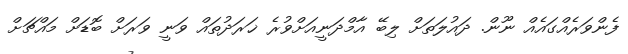
ފެންވަރެއްގައެއް ނޫން. ދައުލަތަށް ލިބޭ އާމްދަނީއަށްވުރެ ޚަރަދުތައް ވަނީ ވަރަށް ބޮޑަށް މައްޗަށް